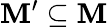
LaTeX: \mathbf{M}^{\prime}\subseteq\mathbf{M}